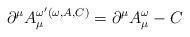
LaTeX: \begin{align*}\partial^{\mu}A_{\mu}^{\omega^{\prime}(\omega,A,C)}=\partial^{\mu}A_{\mu}^{\omega}- C\end{align*}